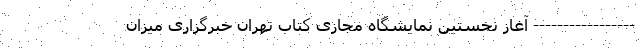
----------------- آغاز نخستین نمایشگاه مجازی کتاب تهران خبرگزاری میزان